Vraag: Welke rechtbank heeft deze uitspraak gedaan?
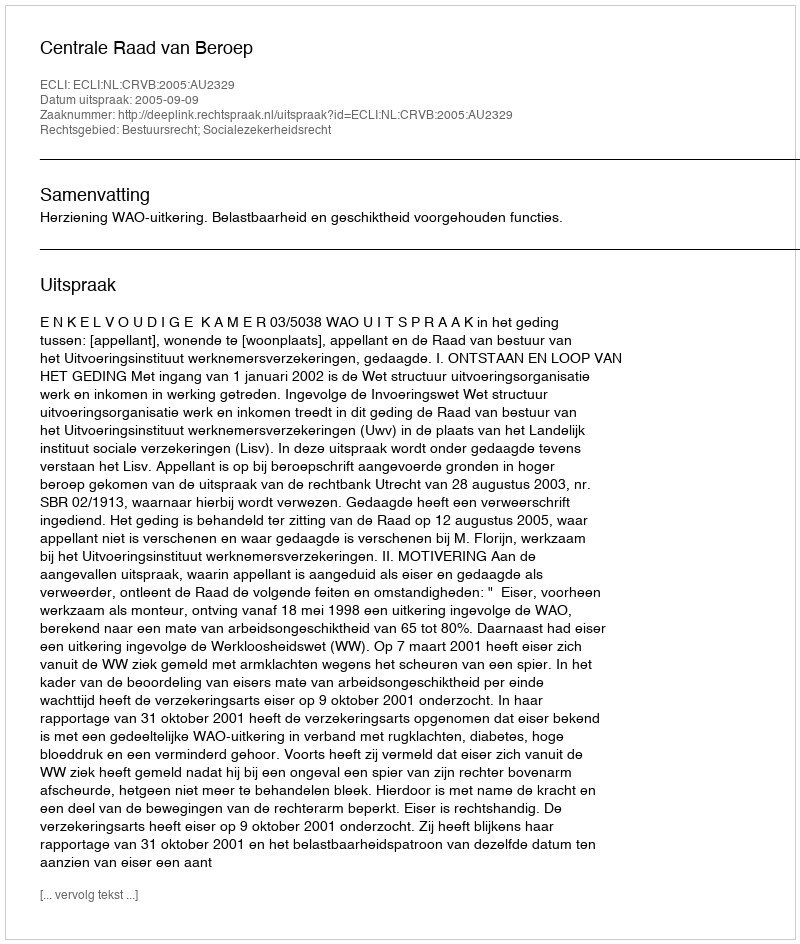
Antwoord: Centrale Raad van Beroep